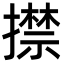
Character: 㩒